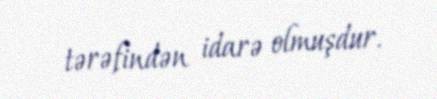
tərəfindən idarə olmuşdur.